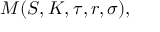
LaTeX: M ( S , K , \tau , r , \sigma ) ,